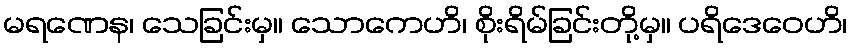
မရဏေန၊ သေခြင်းမှ။ သောကေဟိ၊ စိုးရိမ်ခြင်းတို့မှ။ ပရိဒေဝေဟိ၊